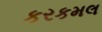
કરકમલ